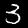
Label: 3